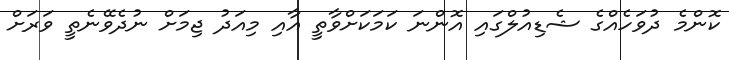
ކޮންމެ ދުވަހެއްގެ ޝެޑިއުލްގައި އޮންނަ ކަމަކަށްވާތީ އާއި މިއަދު ޖިމަށް ނުދެވޭނެތީ ވަރަށް